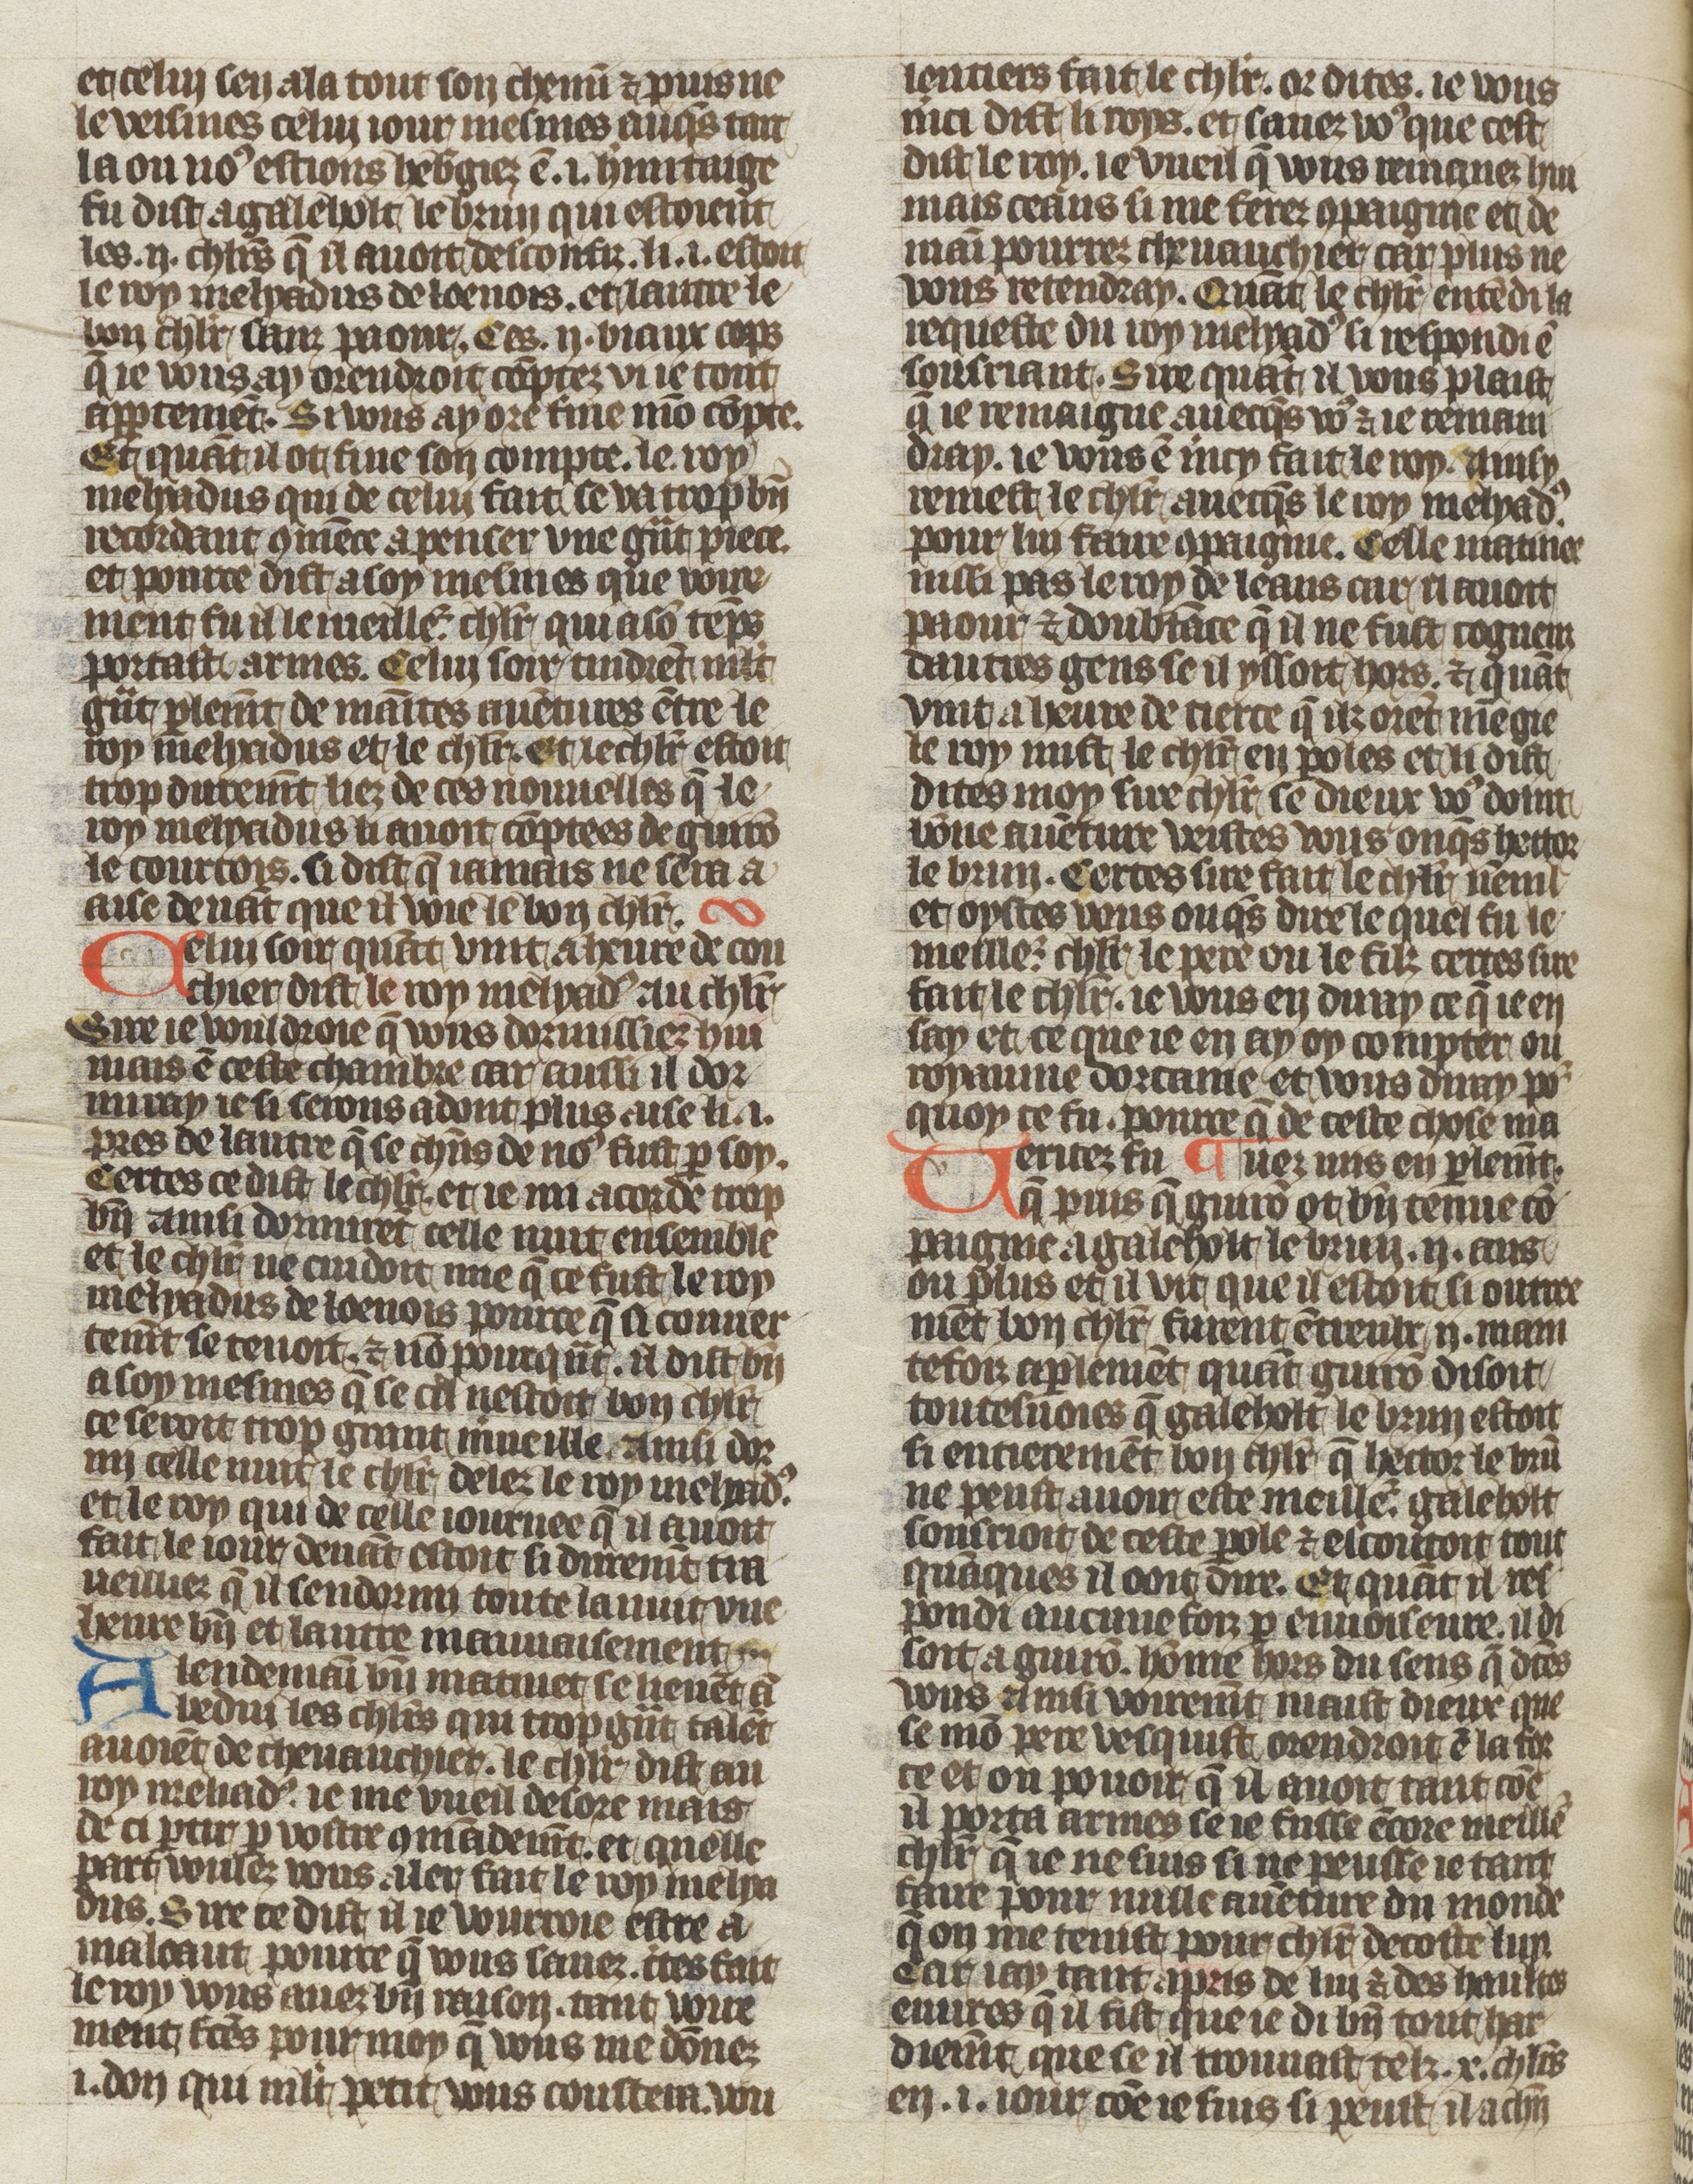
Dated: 1410–1430